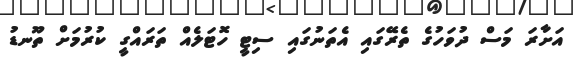
އަށާރަ މަސް ދުވަހުގެ ތެރޭގައި އެތަނުގައި ސިޓީ ހޮޓަލެއް ތަރައްގީ ކުރުމަށް ތޫނޑު